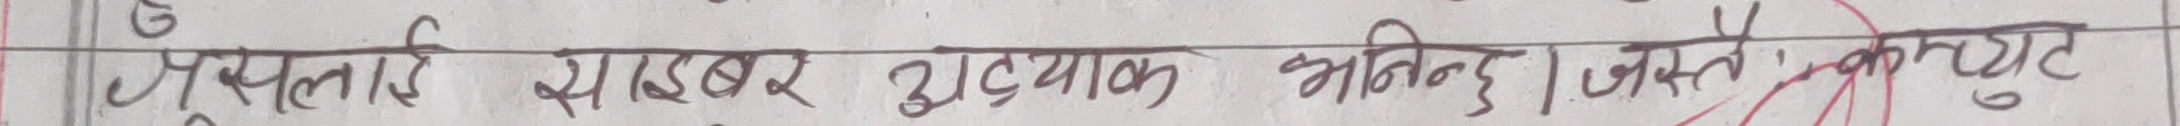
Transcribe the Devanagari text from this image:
कृषि लाई साइबर अट्याक भनिन्छ जस्ले कम्प्युट